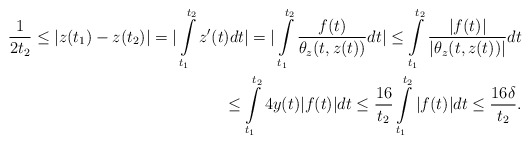
\begin{align*} \frac{1}{2t_2} \leq |z(t_1) - z(t_2)| = | \int\limits_{t_1}^{t_2} z'(t) dt | = | \int\limits_{t_1}^{t_2} \frac{ f(t) }{ \theta_z (t, z(t)) } dt | \leq \int\limits_{t_1}^{t_2} \frac{ |f(t) |}{ |\theta_z (t, z(t)) |} dt \\\leq \int\limits_{t_1}^{t_2} 4 y(t) |f(t)| dt \leq \frac{16}{t_2} \int\limits_{t_1}^{t_2} |f(t)| dt \leq \frac{16 \delta}{t_2}.\end{align*}